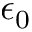
\epsilon _ { 0 }